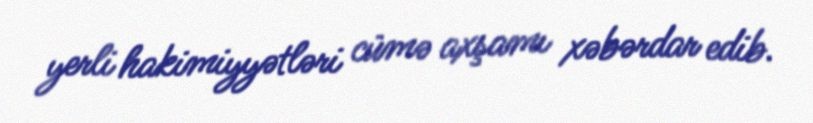
yerli hakimiyyətləri cümə axşamı xəbərdar edib.